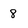
Character: 8